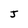
Character: J